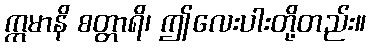
ဣမာနိ စတ္တာရိ၊ ဤလေးပါးတို့တည်း။